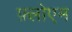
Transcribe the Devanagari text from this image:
फ़्लोएम